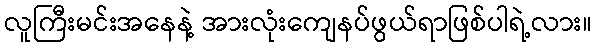
လူကြီးမင်းအနေနဲ့ အားလုံးကျေနပ်ဖွယ်ရာဖြစ်ပါရဲ့လား။